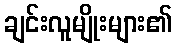
ချင်းလူမျိုးများ၏